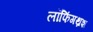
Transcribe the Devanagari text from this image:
लॉफिंगथ्रश